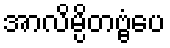
အာလိမ္ပိတဗ္ဗံပေ